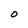
Character: 0